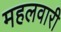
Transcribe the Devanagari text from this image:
महलवारी